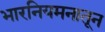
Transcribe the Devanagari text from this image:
भारनियमनातून